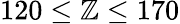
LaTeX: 120\leq\mathbb{Z}\leq170